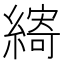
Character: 𮈽